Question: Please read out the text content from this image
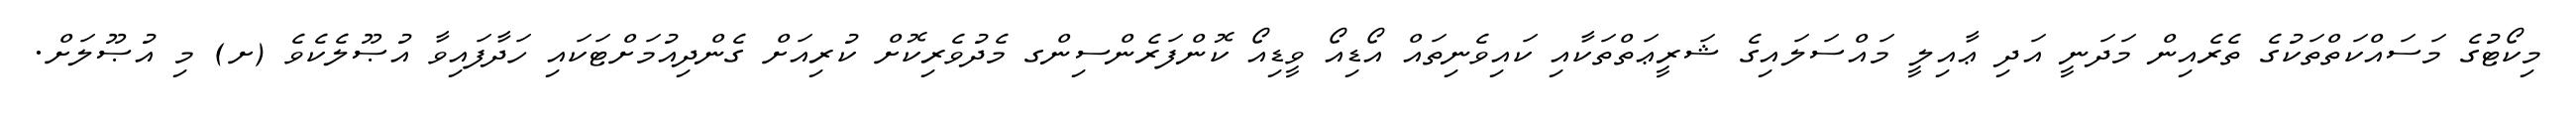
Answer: މިކޯޓުގެ މަސައްކަތްތަކުގެ ތެރެއިން މަދަނީ އަދި ޢާއިލީ މައްސަލައިގެ ޝަރީޢަތްތަކާއި ކައިވެނިތައް އޯޑިއޯ ވީޑިއޯ ކޮންފަރެންސިންގ މެދުވެރިކޮށް ކުރިއަށް ގެންދިއުމަށްޓަކައި ހަދާފައިވާ އުޞޫލެކެވެ (ށ) މި އުޞޫލަށް.